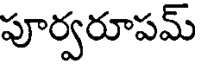
పూర్వరూపమ్